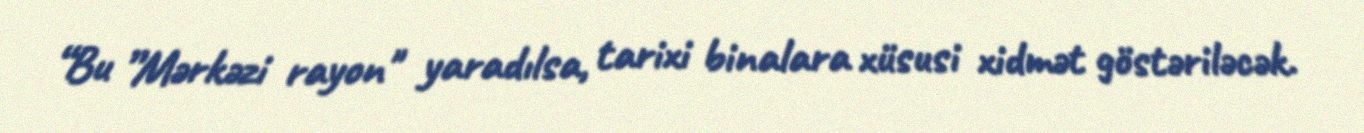
“Bu ”Mərkəzi rayon" yaradılsa, tarixi binalara xüsusi xidmət göstəriləcək.